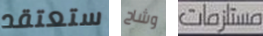
ستعتقد وشاح مستلزمات